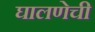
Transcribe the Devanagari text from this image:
घालणेची